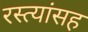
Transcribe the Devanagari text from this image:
रस्त्यांसह